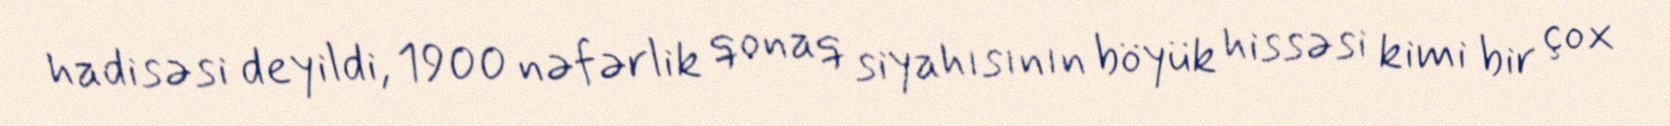
hadisəsi deyildi, 1900 nəfərlik qonaq siyahısının böyük hissəsi kimi bir çox